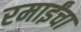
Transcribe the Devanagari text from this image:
रमाईंचा